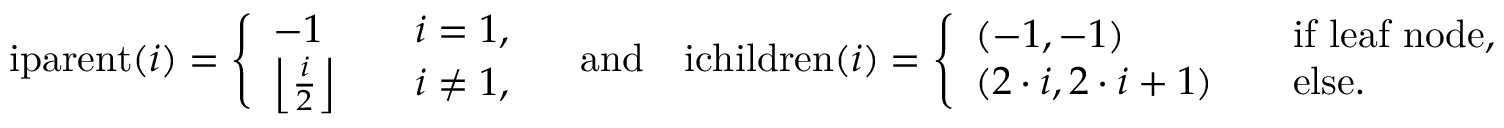
\mathrm { i p a r e n t } ( i ) = \left\{ \begin{array} { l l } { - 1 \quad } & { i = 1 , } \\ { \left\lfloor \frac { i } { 2 } \right\rfloor \quad } & { i \neq 1 , } \end{array} \right. \quad \mathrm { a n d } \quad \mathrm { i c h i l d r e n } ( i ) = \left\{ \begin{array} { l l } { ( - 1 , - 1 ) \quad } & { \mathrm { i f ~ l e a f ~ n o d e } , } \\ { ( 2 \cdot i , 2 \cdot i + 1 ) \quad } & { \mathrm { e l s e . } } \end{array} \right.